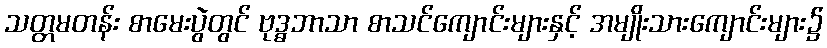
သတ္တမတန်း စာမေးပွဲတွင် ဗုဒ္ဓဘာသာ စာသင်ကျောင်းများနှင့် အမျိုးသားကျောင်းများ၌